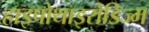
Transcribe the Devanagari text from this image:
हाइपोथाइरोडिज्म